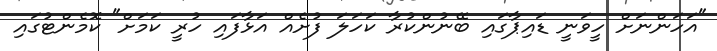
"އަހަންނަށް ހީވަނީ ޑައިޕާގައި ބޭނުންކުރާ ކަހަލަ ފުށެއް އަޅާފައި ހުރީ ކަމަށް" ކޮމެންޓުގައި